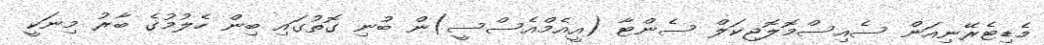
މެޑިޓެރޭނިއަން ސެއިސްމޮލޮޖިކަލް ސެންޓާ (އީއެމްއެސްސީ)ން ބުނި ގޮތުގައި ބިން ހެލުމުގެ ބާރު މިނަކީ